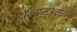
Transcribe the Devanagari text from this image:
डॉ॰रामअवध